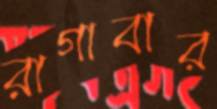
রাগাবার